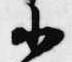
小